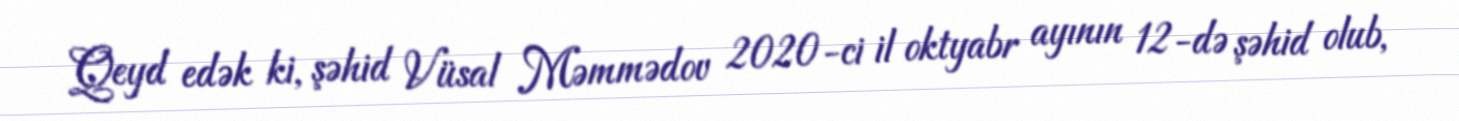
Qeyd edək ki, şəhid Vüsal Məmmədov 2020-ci il oktyabr ayının 12-də şəhid olub,